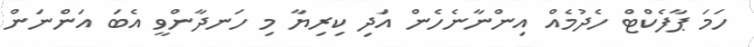
ހަމަ ޕާފެކްޓް ހެދުމެއް އިންނާނެހެން އަދި ކިރިޔާ މި ހަނދާންވީ އެބަ އަންނަން